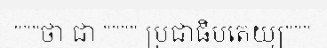
"""ថា ជា """" ប្រជាធិបតេយ្យ"""